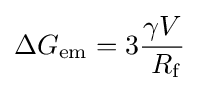
\Delta G_{\rm {em}}=3{\gamma V \over \ R_{\rm {f}}}